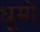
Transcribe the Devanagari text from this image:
धूमो